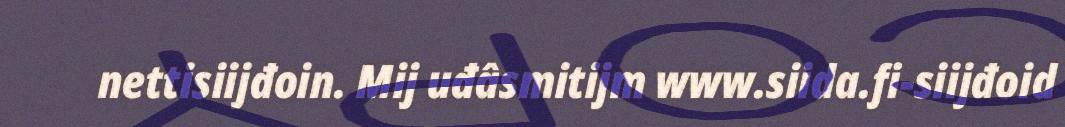
nettisiijđoin. Mij uđâsmitijm www.siida.fi-siijđoid